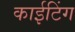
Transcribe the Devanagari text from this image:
काईटिंग